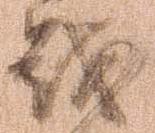
戦